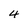
Character: 4